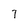
Character: 7